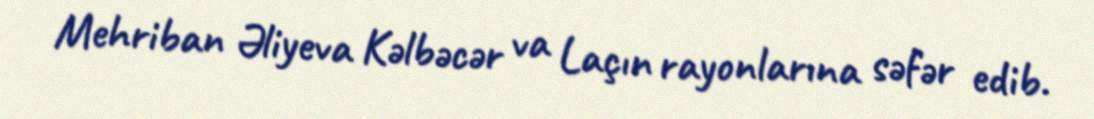
Mehriban Əliyeva Kəlbəcər va Laçın rayonlarına səfər edib.